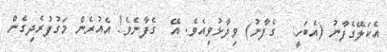
އެކަލޭގެފާނު (އެބަހީ:  ގެފާނު) ވިދާޅުވިއެވެ. އޭ  ގެފާނެވެ! އެއުރެން މަގުފުރެދިގެން